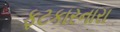
ફટકારનારા